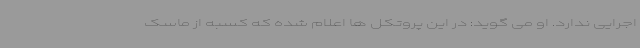
اجرایی ندارد. او می گوید: در این پروتکل ها اعلام شده که کسبه از ماسک